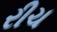
રીચ